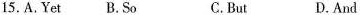
15.A.Yet B.So C.But D.And